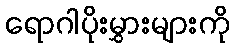
ရောဂါပိုးမွှားများကို